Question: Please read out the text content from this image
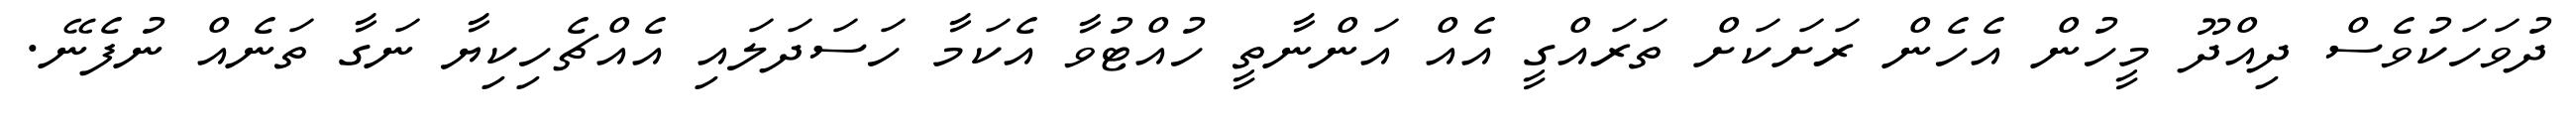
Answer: ދުވަހަކުވެސް ދިއްދޫ މީހުން އެހެން ރަށަކަށް ތަރައްގީ އެއް އަންނާތީ ހުއްޓުވާ އެކަމާ ހަސަދަލައި އެއްޗެހިކިޔާ ނަގާ ތަނެއް ނުފެނޭ.